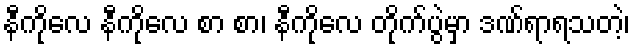
နီကိုလေ နီကိုလေ စာ စာ၊ နီကိုလေ တိုက်ပွဲမှာ ဒဏ်ရာရသတဲ့၊